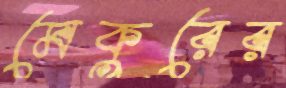
মেকুরের